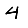
Digit: 4